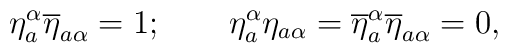
\eta^\alpha_a\overline{\eta}_{a\alpha}=1;\qquad\eta^\alpha_a{\eta}_{a\alpha}= \overline{\eta}^\alpha_a\overline{\eta}_{a\alpha}=0,